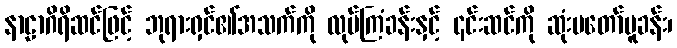
နာဠာဂိရိဆင်ဖြင့် ဘုရားရှင်၏အသက်ကို လုပ်ကြံခန်းနှင့် ၎င်းဆင်ကို ဆုံးမတော်မူခန်း၊